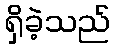
ရှိခဲ့သည်